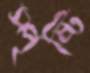
স্পৃষ্টি